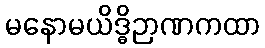
မနောမယိဒ္ဓိဉာဏကထာ